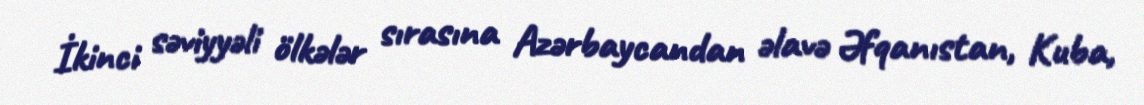
İkinci səviyyəli ölkələr sırasına Azərbaycandan əlavə Əfqanıstan, Kuba,